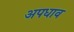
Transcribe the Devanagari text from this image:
अपधाव